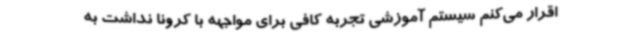
اقرار می‌کنم سیستم آموزشی تجربه کافی برای مواجهه با کرونا نداشت به